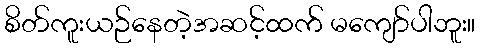
စိတ်ကူးယဉ်နေတဲ့အဆင့်ထက် မကျော်ပါဘူး။